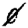
Digit: 0